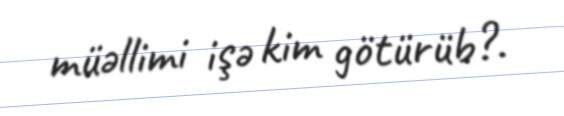
müəllimi işə kim götürüb?.